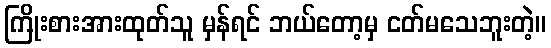
ကြိုးစားအားထုတ်သူ မှန်ရင် ဘယ်တော့မှ ငတ်မသေဘူးတဲ့။